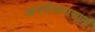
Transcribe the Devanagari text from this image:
आयसेष्वायसानां